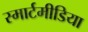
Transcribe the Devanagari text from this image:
स्मार्टमीडिया